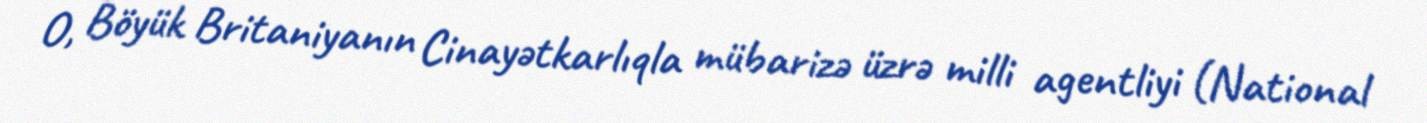
O, Böyük Britaniyanın Cinayətkarlıqla mübarizə üzrə milli agentliyi (National